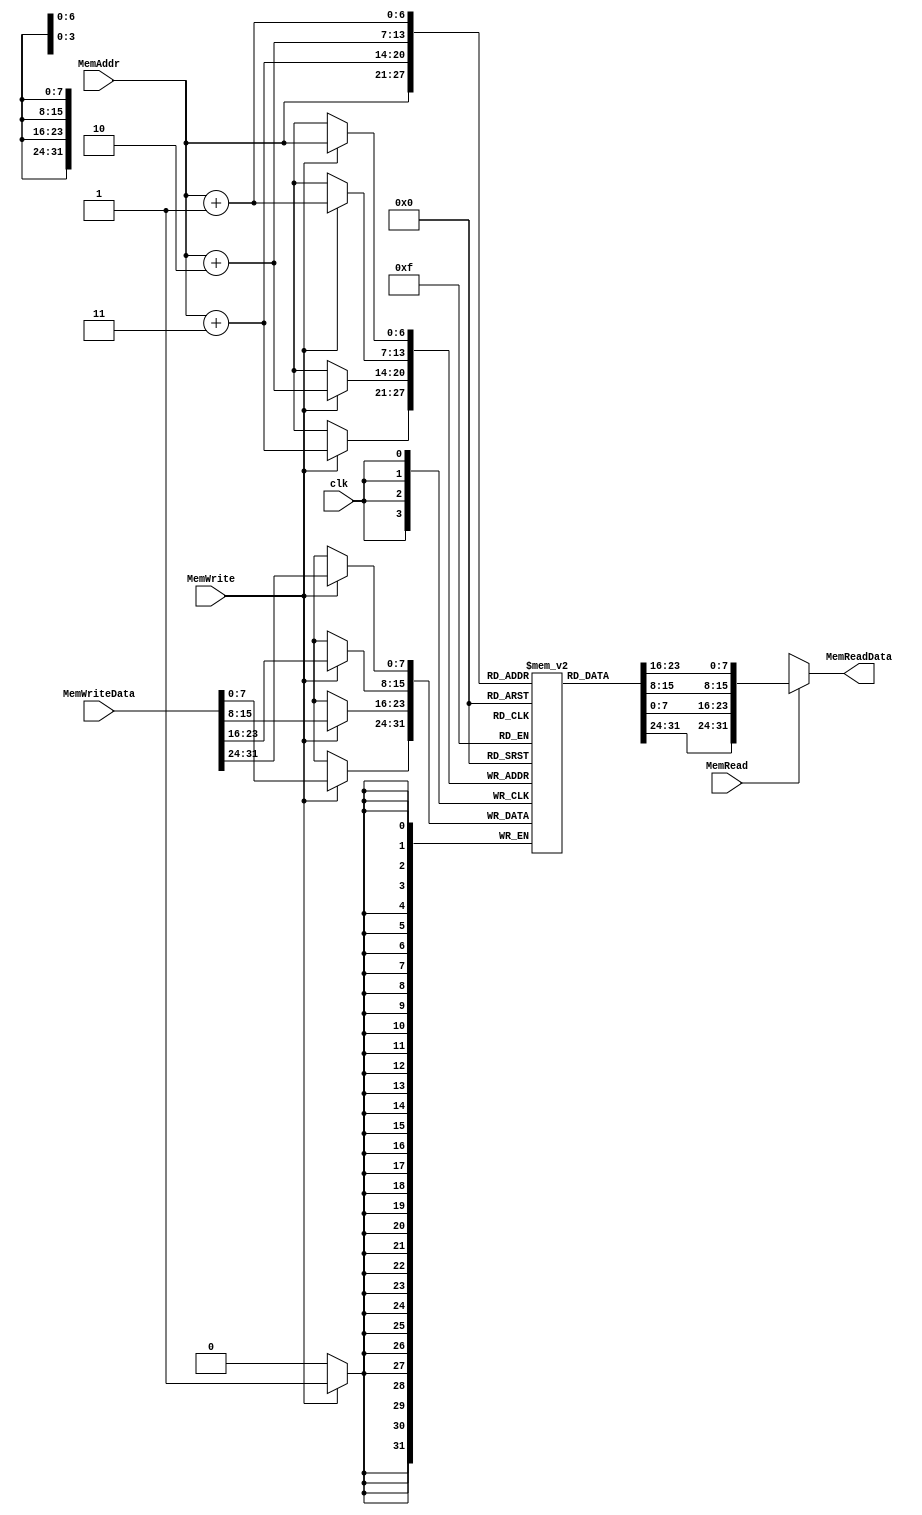
/*
 *	Template for Project 2 Part 2
 *	Copyright (C) 2021  Lee Kai Xuan or any person belong ESSLab.
 *	All Right Reserved.
 *
 *	This program is free software: you can redistribute it and/or modify
 *	it under the terms of the GNU General Public License as published by
 *	the Free Software Foundation, either version 3 of the License, or
 *	(at your option) any later version.
 *
 *	This program is distributed in the hope that it will be useful,
 *	but WITHOUT ANY WARRANTY; without even the implied warranty of
 *	MERCHANTABILITY or FITNESS FOR A PARTICULAR PURPOSE.  See the
 *	GNU General Public License for more details.
 *
 *	You should have received a copy of the GNU General Public License
 *	along with this program.  If not, see <https://www.gnu.org/licenses/>.
 *
 *	This file is for people who have taken the cource (1092 Computer
 *	Organizarion) to use.
 *	We (ESSLab) are not responsible for any illegal use.
 *
 */
 
/*
 * Macro of size declaration of data memory
 * CAUTION: DONT MODIFY THE NAME AND VALUE.
 */
`define DATA_MEM_SIZE	128	// Bytes

/*
 * Declaration of Data Memory for this project.
 * CAUTION: DONT MODIFY THE NAME.
 */
module DM(
	// Outputs
	output[31:0] MemReadData,
	// Inputs
	input[31:0] MemWriteData,
	input[6:0] MemAddr,
	input MemWrite, MemRead, clk
);

	/* 
	 * Declaration of data memory.
	 * CAUTION: DONT MODIFY THE NAME AND SIZE.
	 */
	reg [7:0]DataMem[0:`DATA_MEM_SIZE - 1];
	assign MemReadData = MemRead? {DataMem[MemAddr], DataMem[MemAddr + 1], DataMem[MemAddr + 2], DataMem[MemAddr + 3]}: 32'bx;
	always@(posedge clk)begin
		if(MemWrite) begin
			DataMem[MemAddr] = MemWriteData[31:24];
			DataMem[MemAddr + 1] = MemWriteData[23:16];
			DataMem[MemAddr + 2] = MemWriteData[15:8];
			DataMem[MemAddr + 3] = MemWriteData[7:0];
		end
	end
endmodule